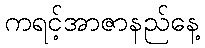
ကရင့်အာဇာနည်နေ့